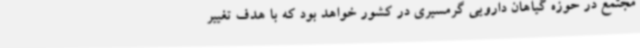
مجتمع در حوزه گیاهان دارویی گرمسیری در کشور خواهد بود که با هدف تغییر